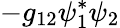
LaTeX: -g_{12}\psi_{1}^{*}\psi_{2}